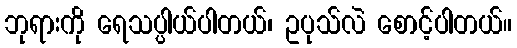
ဘုရားကို ရေသပ္ပါယ်ပါတယ်၊ ဥပုသ်လဲ စောင့်ပါတယ်။